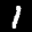
Label: 1